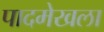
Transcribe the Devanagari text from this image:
पादमेखला